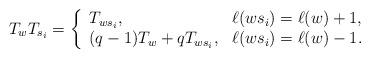
LaTeX: \begin{align*}T_wT_{s_i}=\left\{\begin{array}{ll}T_{ws_i},&\ell(ws_i)=\ell(w)+1,\\(q-1)T_{w}+q T_{ws_i}, &\ell(ws_i)=\ell(w)-1.\end{array}\right.\end{align*}